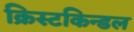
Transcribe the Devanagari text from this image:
क्रिस्टकिन्डल